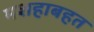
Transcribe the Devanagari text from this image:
मशहाबहत